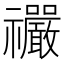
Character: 𫀤